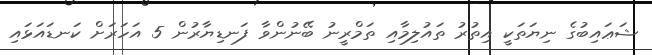
ޝަޢައިބުގެ ނިޔަތަކީ އިތުރު ތައުލިމާއި ތަމްރީނު ބޭނުންވާ ފަނޑިޔާރުން 5 އަހަރަށް ކަނޑައަޅައި